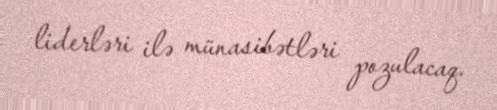
liderləri ilə münasibətləri pozulacaq.